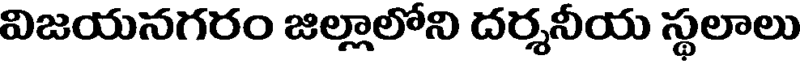
విజయనగరం జిల్లాలోని దర్శనీయ స్థలాలు